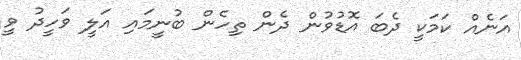
އަނެއް ކަމަކީ ދެބަ އޮޑުވުން ދެން ތިހެން ބުނީމައި އަލީ ވަހީދު ވީ